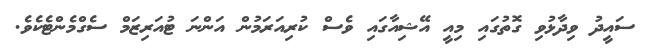
ސައީދު ވިދާޅުވި ގޮތުގައި މިއީ އޭޝިއާގައި ވެސް ކުރިއަރަމުން އަންނަ ޓުއަރިޒަމް ސެގްމެންޓެކެވެ.